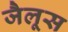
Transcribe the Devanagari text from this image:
जैलूस